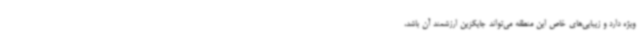
ویژه دارد و زیبایی‌های خاص این منطقه می‌تواند جایگزین ارزشمند آن باشد،